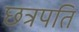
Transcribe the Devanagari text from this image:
छत्रपति